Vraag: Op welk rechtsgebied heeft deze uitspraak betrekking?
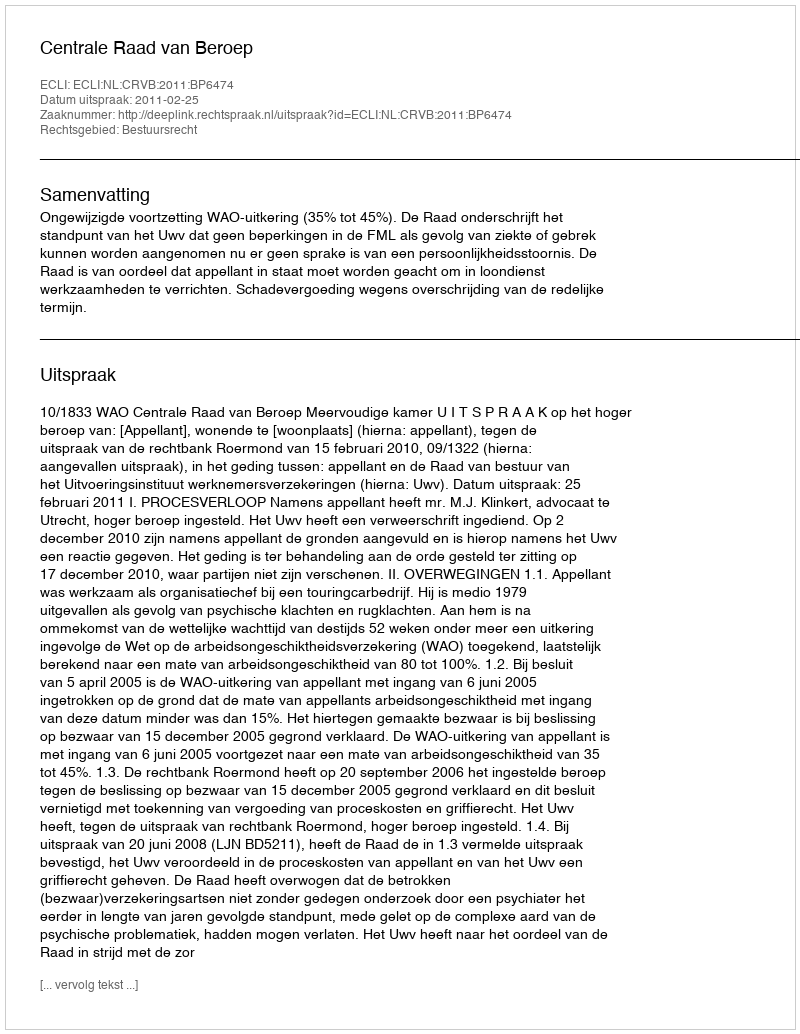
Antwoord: Bestuursrecht